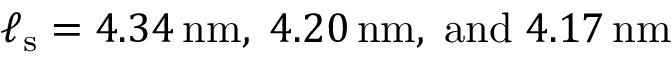
\ell _ { \mathrm { s } } = 4 . 3 4 \, \mathrm { n m } , \; 4 . 2 0 \, \mathrm { n m } , \; \mathrm { a n d } \; 4 . 1 7 \, \mathrm { n m }